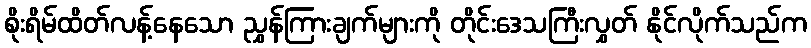
စိုးရိမ်ထိတ်လန့်နေသော ညွှန်ကြားချက်များကို တိုင်းဒေသကြီးလွှတ် နိုင်လိုက်သည်က